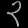
Digit: ၃